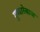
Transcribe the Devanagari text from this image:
गुब्बारेबाज